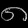
Digit: ၈